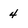
Character: 4